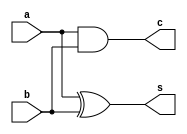
module ha_str(s,c,a,b);
 input a,b;
 output s,c;
 and A1(c,a,b);
 xor A2(s,a,b);
endmodule
module fa_ha_str(s,c,a,b,cin);
 input a,b,cin;
 output s,c;
 wire s1,c1,c2;
 ha_str h1(s1,c1,a,b);
 ha_str h2(s,c2,s1,cin);
 or o1(c,c2,c1);
endmodule